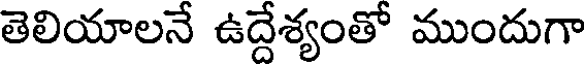
తెలియాలనే ఉద్దేశ్యంతో ముందుగా